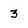
Character: 3